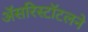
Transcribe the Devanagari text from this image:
अॅसरिस्टॉटलने